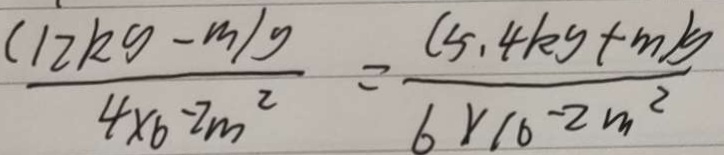
\frac { ( 1 2 k g - m ) g } { 4 \times 6 - 2 m ^ { 2 } } = \frac { ( 5 . 4 k g + m ) g } { 6 \times 1 0 - 2 m ^ { 2 } }